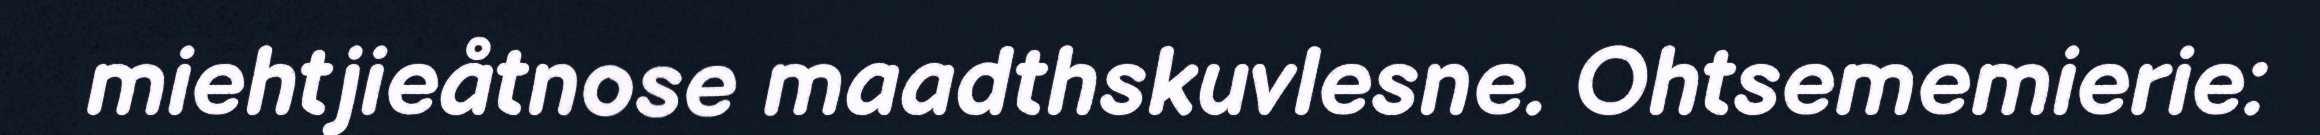
miehtjieåtnose maadthskuvlesne. Ohtsememierie: